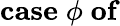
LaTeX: \mathbf{case}\; \phi\; \mathbf{of}